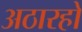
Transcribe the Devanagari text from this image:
अठारहो